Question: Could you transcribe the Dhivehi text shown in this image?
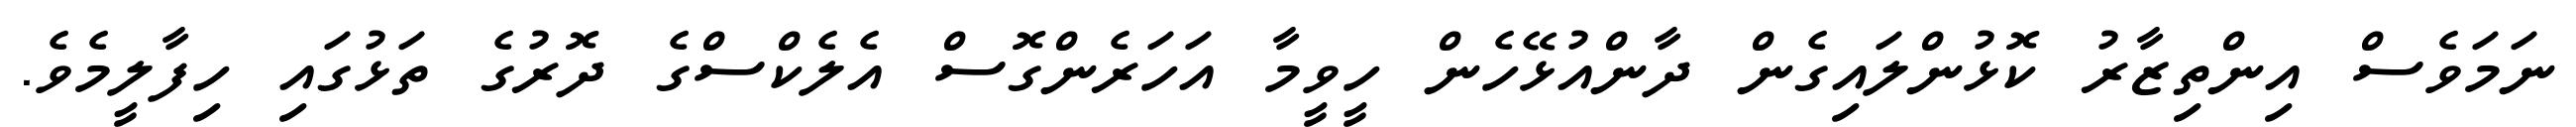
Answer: ނަމަވެސް އިންތިޒާރު ކޮޅުންލައިގެން ދާންއުޅޭހެން ހީވީމާ އަހަރެންގޮސް އެލެކްސްގެ ދޮރުގެ ތަޅުގައި ހިފާލީމެވެ.